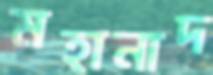
মহানাদ